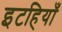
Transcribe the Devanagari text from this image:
इटहियाँ